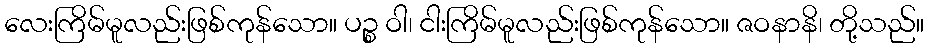
လေးကြိမ်မူလည်းဖြစ်ကုန်သော။ ပဉ္စ ဝါ၊ ငါးကြိမ်မူလည်းဖြစ်ကုန်သော။ ဇဝနာနိ၊ တို့သည်။